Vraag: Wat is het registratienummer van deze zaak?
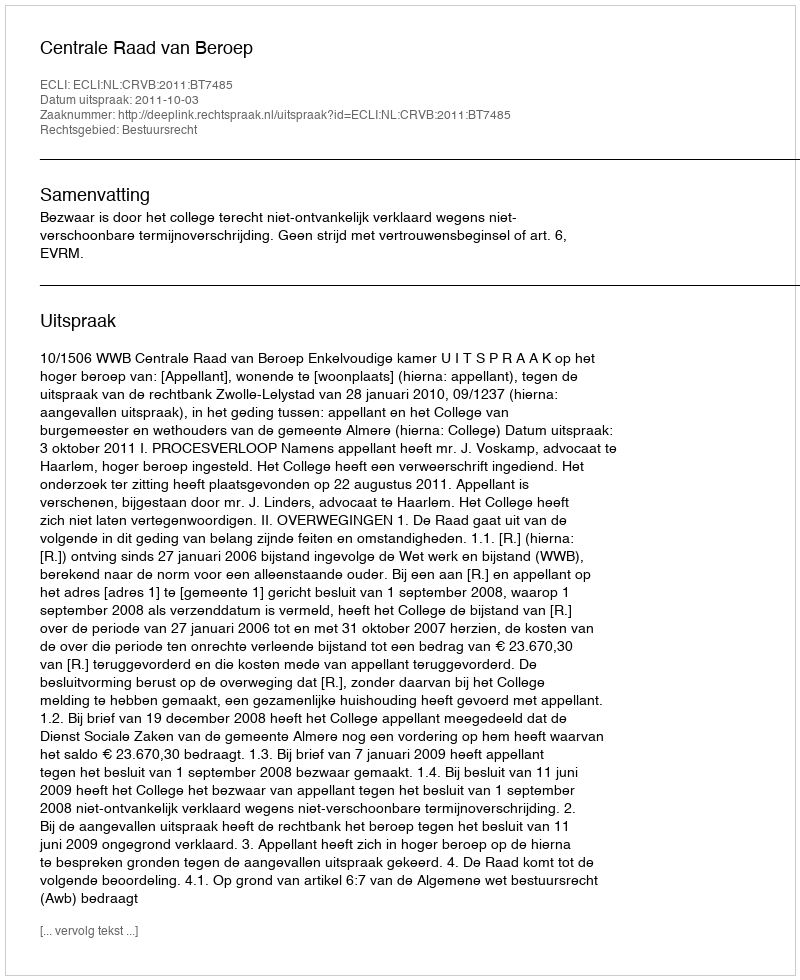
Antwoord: http://deeplink.rechtspraak.nl/uitspraak?id=ECLI:NL:CRVB:2011:BT7485